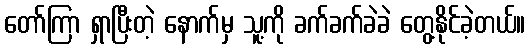
တော်ကြာ ရှာပြီးတဲ့ နောက်မှ သူ့ကို ခက်ခက်ခဲခဲ တွေ့နိုင်ခဲ့တယ်။